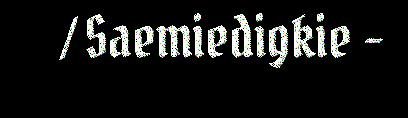
/ Saemiedigkie -